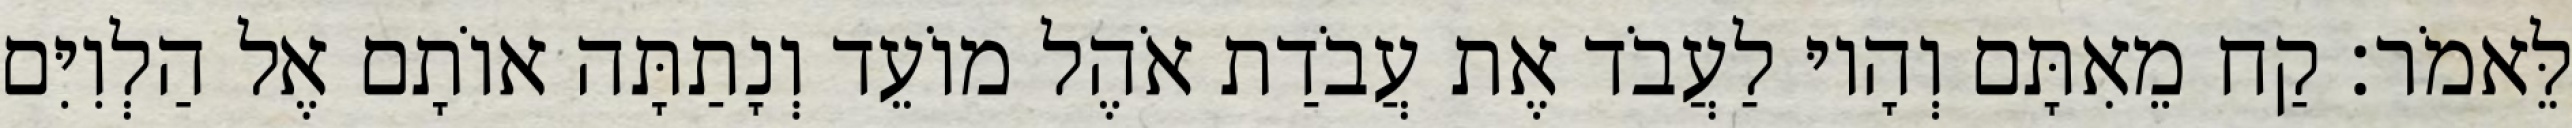
לֵּאמֹר׃ קַח מֵאִתָּם וְהָיוּ לַעֲבֹד אֶת עֲבֹדַת אֹהֶל מוֹעֵד וְנָתַתָּה אוֹתָם אֶל הַלְוִיִּם